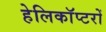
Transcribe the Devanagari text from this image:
हेलिकाॅप्टरों